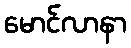
မောင်လာနာ